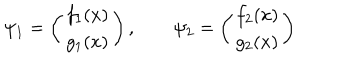
\psi _ { 1 } = \left( \begin{array} { c } { { f _ { 1 } ( x ) } } \\ { { g _ { 1 } ( x ) } } \\ \end{array} \right) , \qquad \psi _ { 2 } = \left( \begin{array} { c } { { f _ { 2 } ( x ) } } \\ { { g _ { 2 } ( x ) } } \\ \end{array} \right)